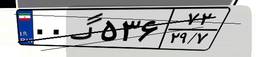
۰۰گ۵۳۶۷۲